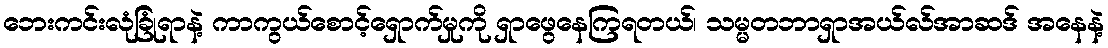
ဘေးကင်းလုံခြုံရာနဲ့ ကာကွယ်စောင့်ရှောက်မှုကို ရှာဖွေနေကြရတယ်၊ သမ္မတဘာရှာအယ်လ်အာဆဒ် အနေနဲ့